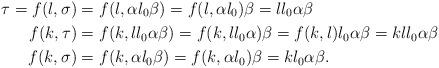
LaTeX: \begin{align*}\tau=f(l,\sigma)&=f(l,\alpha l_0\beta)=f(l,\alpha l_0)\beta=ll_0\alpha\beta\\f(k,\tau)&=f(k,ll_0\alpha\beta)=f(k,ll_0\alpha)\beta=f(k,l)l_0\alpha\beta=kll_0\alpha\beta\\f(k,\sigma)&=f(k,\alpha l_0\beta)=f(k,\alpha l_0)\beta=kl_0\alpha\beta.\end{align*}